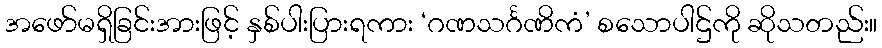
အဖော်မရှိခြင်းအားဖြင့် နှစ်ပါးပြားရကား ‘ဂဏသင်္ဂဏိကံ’ စသောပါဌ်ကို ဆိုသတည်း။